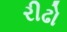
રીઢો